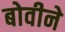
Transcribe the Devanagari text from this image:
बोवीने